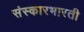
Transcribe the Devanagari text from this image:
संस्कारभारती